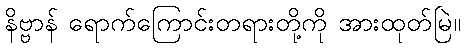
နိဗ္ဗာန် ရောက်ကြောင်းတရားတို့ကို အားထုတ်မြဲ။